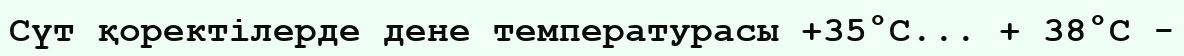
Сүт қоректілерде дене температурасы +35°С... + 38°С -